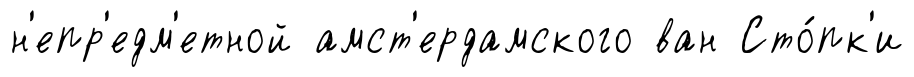
н'епр'едм'етной амст'ердамского ван Сто́пк'и